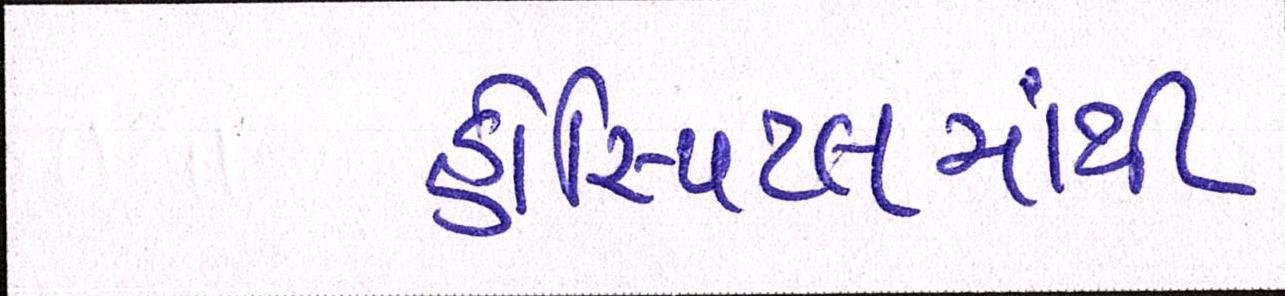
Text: હોસ્પિટલમાંથી